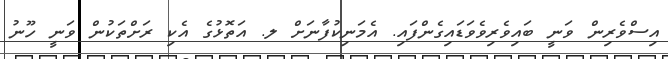
އިސްވެރިން ވަނީ ބައިވެރިވެވަޑައިގެންފައި. އެމަނިކުފާނަށް ލ. އަތޮޅުގެ އެކި ރަށްތަކުން ވަނީ ހޫނު